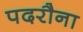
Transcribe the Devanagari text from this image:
पदरौना